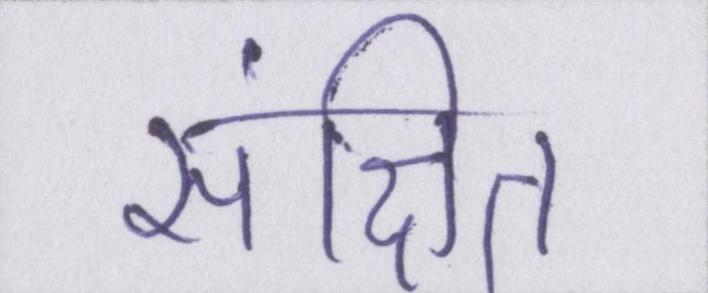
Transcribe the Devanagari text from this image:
संक्षित